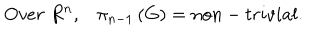
LaTeX: O v e r \; R ^ { n } , \pi _ { n - 1 } \left( G \right) = n o n - t r i v i a l .